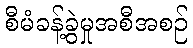
စီမံခန့်ခွဲမှုအစီအစဉ်